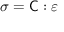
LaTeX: { \boldsymbol { \sigma } } = { \mathsf { C } } : { \boldsymbol { \varepsilon } }